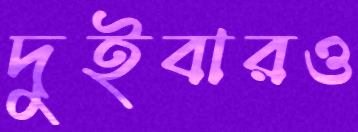
দুইবারও